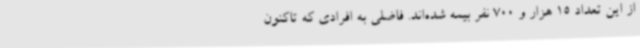
از این تعداد 15 هزار و 700 نفر بیمه شده‌اند. فاضلی به افرادی که تاکنون